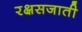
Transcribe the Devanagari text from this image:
रक्षसजाती